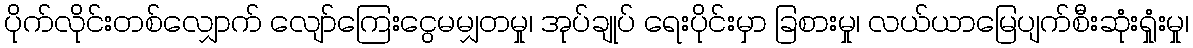
ပိုက်လိုင်းတစ်လျှောက် လျော်ကြေးငွေမမျှတမှု၊ အုပ်ချုပ် ရေးပိုင်းမှာ ခြစားမှု၊ လယ်ယာမြေပျက်စီးဆုံးရှုံးမှု၊